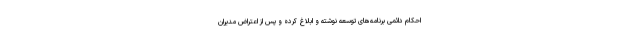
احکام دائمی برنامه‌های توسعه نوشته و ابلاغ کرده و پس از اعتراض مدیران